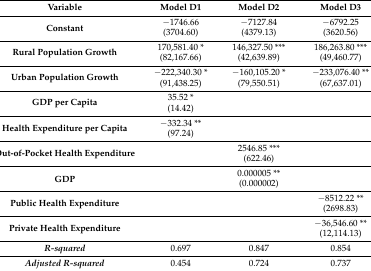
<table><thead><tr><td><b>Variable</b></td><td><b>Model D1</b></td><td><b>Model D2</b></td><td><b>Model D3</b></td></tr></thead><tbody><tr><td rowspan="2"><b>Constant</b></td><td>−1746.66</td><td>−7127.84</td><td>−6792.25</td></tr><tr><td>(3704.60)</td><td>(4379.13)</td><td>(3620.56)</td></tr><tr><td rowspan="2"><b>Rural Population Growth</b></td><td>170,581.40 *</td><td>146,327.50 ***</td><td>186,263.80 ***</td></tr><tr><td>(82,167.66)</td><td>(42,639.89)</td><td>(49,460.77)</td></tr><tr><td rowspan="2"><b>Urban Population Growth</b></td><td>−222,340.30 *</td><td>−160,105.20 *</td><td>−233,076.40 **</td></tr><tr><td>(91,438.25)</td><td>(79,550.51)</td><td>(67,637.01)</td></tr><tr><td rowspan="2"><b>GDP per Capita</b></td><td>35.52 *</td><td></td><td></td></tr><tr><td>(14.42)</td><td></td><td></td></tr><tr><td rowspan="2"><b>Health Expenditure per Capita</b></td><td>−332.34 **</td><td></td><td></td></tr><tr><td>(97.24)</td><td></td><td></td></tr><tr><td rowspan="2"><b>Out-of-Pocket Health Expenditure</b></td><td></td><td>2546.85 ***</td><td></td></tr><tr><td></td><td>(622.46)</td><td></td></tr><tr><td rowspan="2"><b>GDP</b></td><td></td><td>0.000005 **</td><td></td></tr><tr><td></td><td>(0.000002)</td><td></td></tr><tr><td rowspan="2"><b>Public Health Expenditure</b></td><td></td><td></td><td>−8512.22 **</td></tr><tr><td></td><td></td><td>(2698.83)</td></tr><tr><td rowspan="2"><b>Private Health Expenditure</b></td><td></td><td></td><td>−36,546.60 **</td></tr><tr><td></td><td></td><td>(12,114.13)</td></tr><tr><td><b><i>R-squared</i></b></td><td>0.697</td><td>0.847</td><td>0.854</td></tr><tr><td><b><i>Adjusted R-squared</i></b></td><td>0.454</td><td>0.724</td><td>0.737</td></tr></tbody></table>